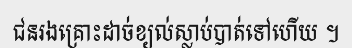
ជនរងគ្រោះដាច់ខ្យល់ស្លាប់បាត់ទៅហើយ ។